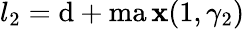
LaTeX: l_{2}=\mathrm{d}+\operatorname*{ma\mathbf{x}}(1,\gamma_{2})